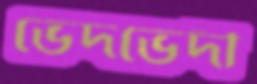
ভেদভেদী